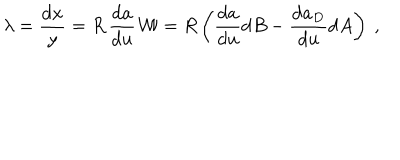
\lambda = \frac { \mathrm { d } x } { y } = { R } \, \frac { \mathrm { d } a } { \mathrm { d } u } \, { \cal W } = { R } \left( \frac { \mathrm { d } a } { \mathrm { d } u } \mathrm { d } B - \frac { \mathrm { d } a _ { D } } { \mathrm { d } u } \mathrm { d } A \right) \ ,